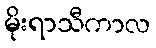
မိုးရာသီကာလ